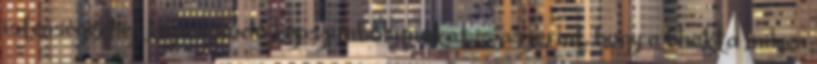
istenségekhez kapcsolódó képszimbólumokat is aszerint, hogy a bhakta milyen